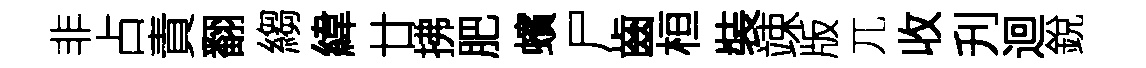
非占責翻縐緯廿拂肥蠙尸齒桓裝竦版兀收刋迴銳